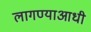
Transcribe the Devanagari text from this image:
लागण्याआधी